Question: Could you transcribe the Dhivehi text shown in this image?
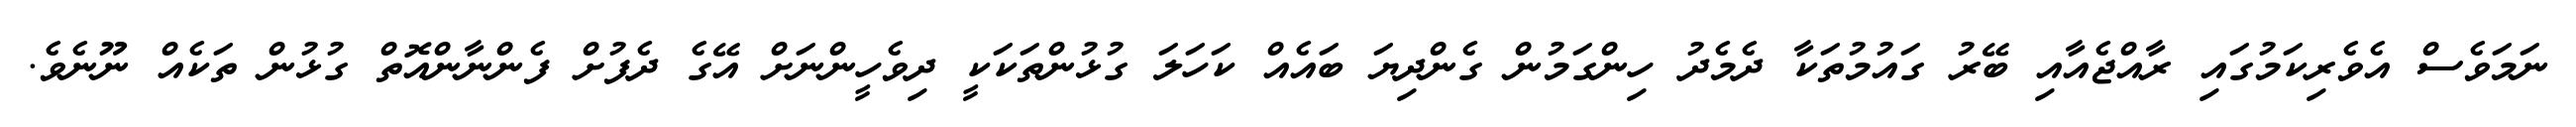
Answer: ނަމަވެސް އެވެރިކަމުގައި ރާއްޖެއާއި ބޭރު ގައުމުތަކާ ދެމެދު ހިންގަމުން ގެންދިޔަ ބައެއް ކަހަލަ ގުޅުންތަކަކީ ދިވެހީންނަށް އޭގެ ދެފުށް ފެންނާންއޮތް ގުޅުން ތަކެއް ނޫނެވެ.